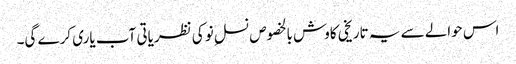
اس حوالے سے یہ تاریخی کاوش بالخصوص نسلِ نو کی نظریاتی آب یاری کرے گی۔